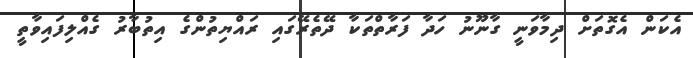
އެކަން އެގޮތަށް ދިމާވަނީ ގާނޫނު ހަދާ ފަރާތްތަކާ ދޭތެރޭގައި ރައްޔިތުންގެ އިތުބާރު ގެއްލިފައިވާތީ